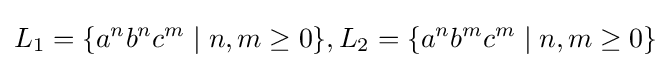
L_{1}=\{a^{n}b^{n}c^{m}\mid n,m\geq 0\},L_{2}=\{a^{n}b^{m}c^{m}\mid n,m\geq 0\}